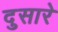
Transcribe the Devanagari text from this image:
दुसारे